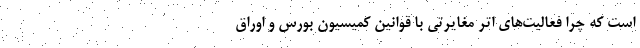
است که چرا فعالیت‌های اتر مغایرتی با قوانین کمیسیون بورس و اوراق